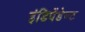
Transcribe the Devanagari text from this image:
इंडिपेंडेण्ट